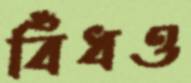
বিঁধও